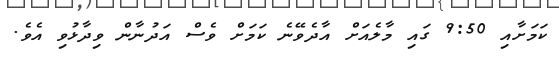
ކަމަށާއި 9:50 ގައި މާލެއަށް އާދެވޭނެ ކަމަށް ވެސް އަދުނާން ވިދާޅުވި އެވެ.